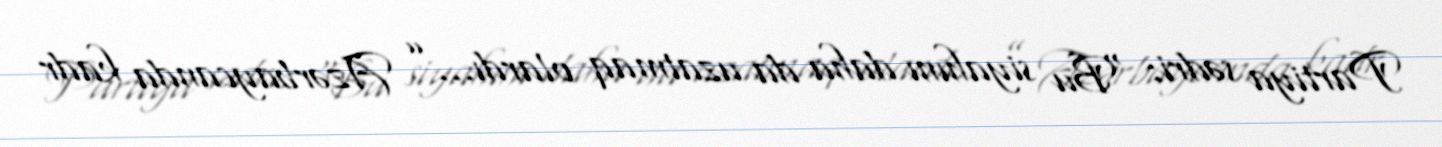
Partiya sədri: “Bu siyahını daha da uzatmaq olardı...” Azərbaycanda kadr